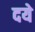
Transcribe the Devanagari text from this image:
दये